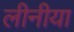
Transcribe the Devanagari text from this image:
लीनीया